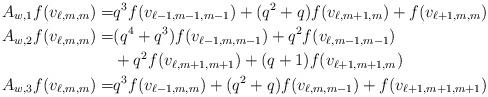
LaTeX: \begin{align*}A_{w,1}f(v_{\ell,m,m})=&q^3f(v_{\ell-1,m-1,m-1})+(q^2+q)f(v_{\ell,m+1,m})+f(v_{\ell+1,m,m})\\A_{w,2}f(v_{\ell,m,m})=&(q^4+q^3)f(v_{\ell-1,m,m-1})+q^2f(v_{\ell,m-1,m-1})\\&+q^2f(v_{\ell,m+1,m+1})+(q+1)f(v_{\ell+1,m+1,m})\\A_{w,3}f(v_{\ell,m,m})=&q^3f(v_{\ell-1,m,m})+(q^2+q)f(v_{\ell,m,m-1})+f(v_{\ell+1,m+1,m+1})\end{align*}